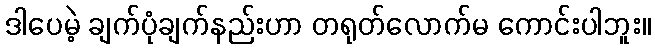
ဒါပေမဲ့ ချက်ပုံချက်နည်းဟာ တရုတ်လောက်မ ကောင်းပါဘူး။